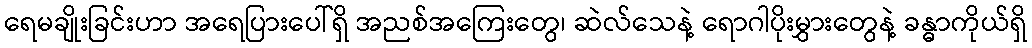
ရေမချိုးခြင်းဟာ အရေပြားပေါ်ရှိ အညစ်အကြေးတွေ၊ ဆဲလ်သေနဲ့ ရောဂါပိုးမွှားတွေနဲ့ ခန္ဓာကိုယ်ရှိ